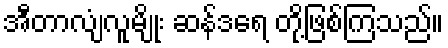
အီတာလျံလူမျိုး ဆန်ဒရေ တို့ဖြစ်ကြသည်။